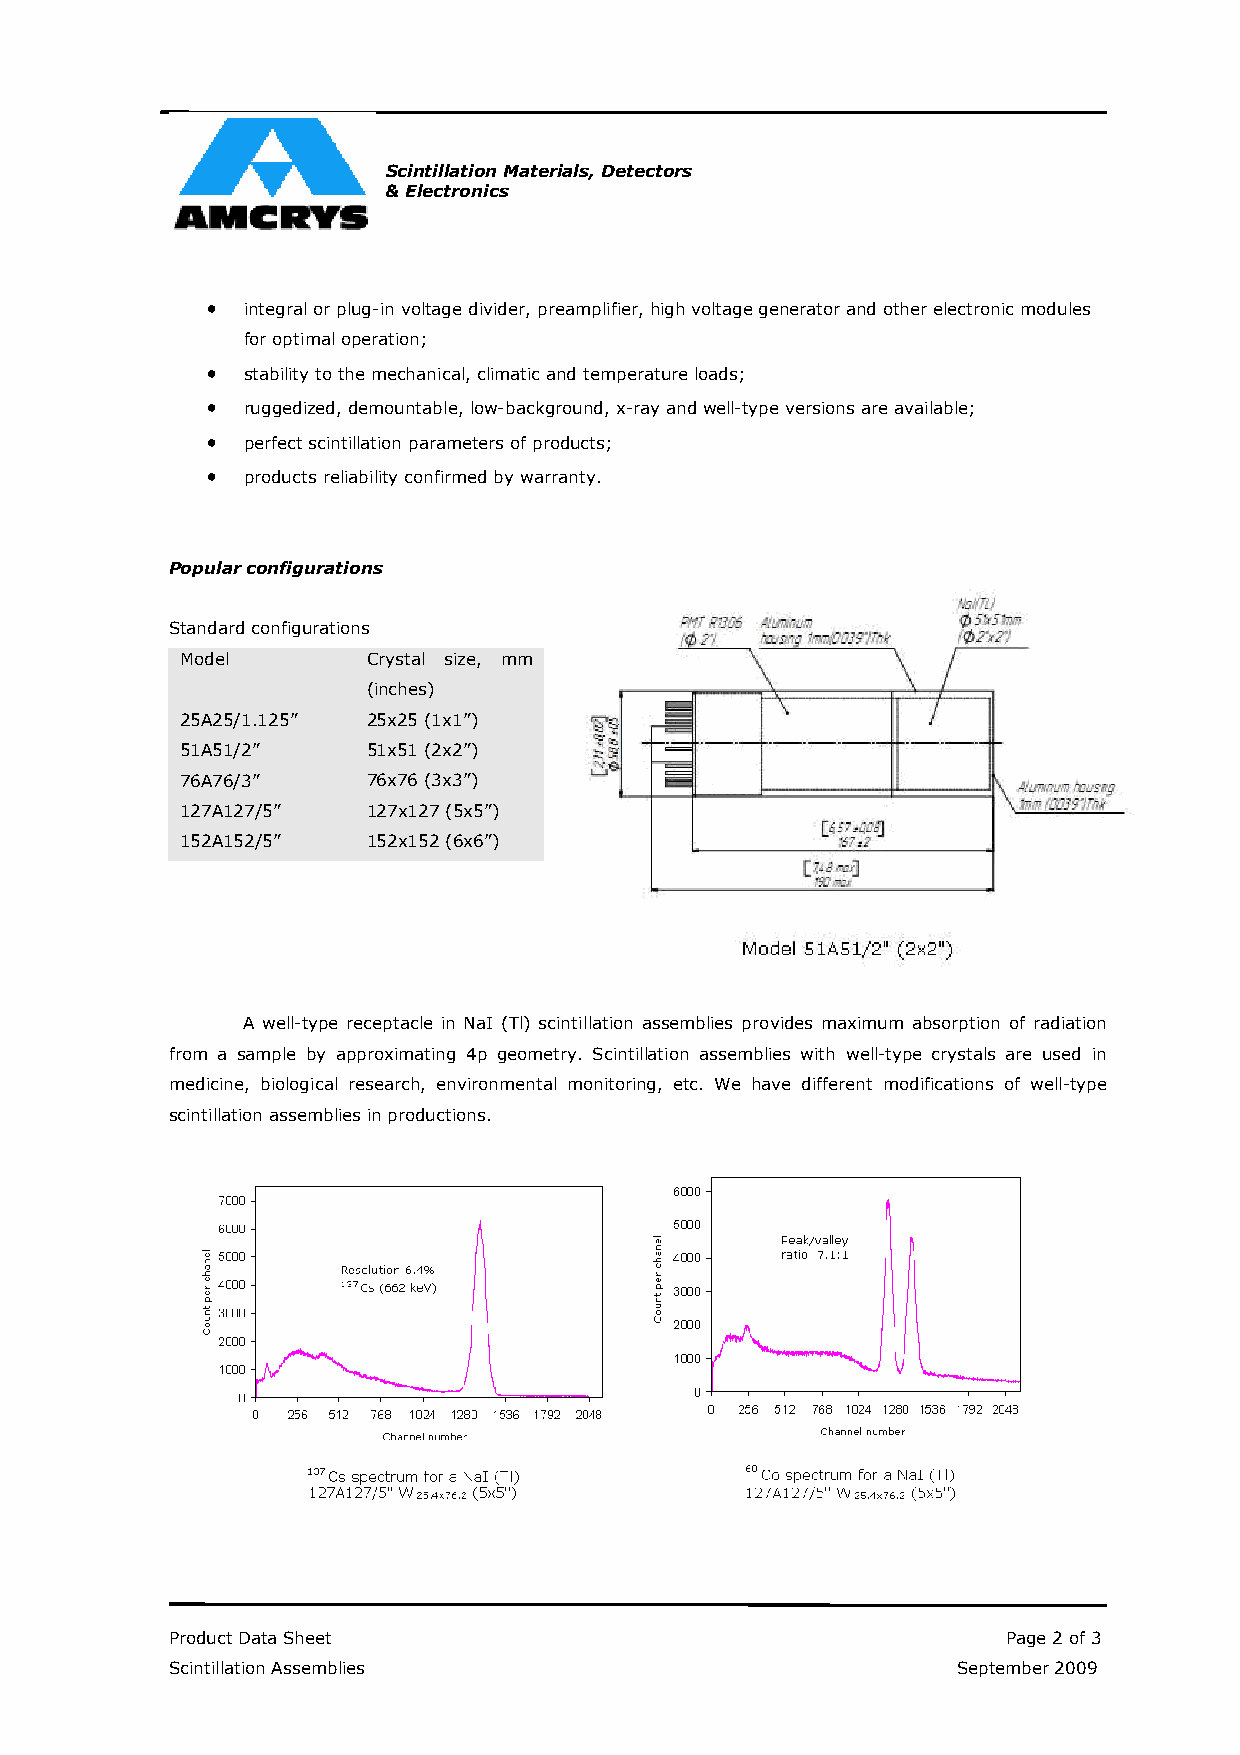
Scintillation Materials, Detectors
 & Electronics
 •
 integral or plug-in voltage divider, preamplifier, high voltage generator and other electronic modules
 for optimal operation;
 •
 stability to the mechanical, climatic and temperature loads;
 •
 ruggedized, demountable, low-background, x-ray and well-type versions are available;
 •
 perfect scintillation parameters of products;
 •
 products reliability confirmed by warranty.
 Popular configurations
 Standard configurations
 Model       Crystal size, mm
 (inches)
 25A25/1.125” 25x25 (1x1”)
 51A51/2”    51x51 (2x2”)
 76A76/3”    76x76 (3x3”)
 127A127/5”  127x127 (5x5”)
 152A152/5”  152x152 (6x6”)
 A well-type receptacle in NaI (Tl) scintillation assemblies provides maximum absorption of radiation
 from a sample by approximating 4p geometry. Scintillation assemblies with well-type crystals are used in
 medicine, biological research, environmental monitoring, etc. We have different modifications of well-type
 scintillation assemblies in productions.
 Product Data Sheet                                      Page 2 of 3
 Scintillation Assemblies                            September 2009